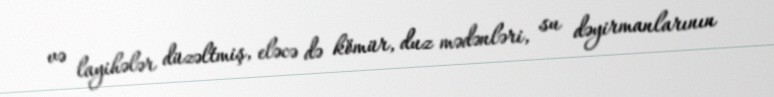
və layihələr düzəltmiş, eləcə də kömür, duz mədənləri, su dəyirmanlarının